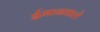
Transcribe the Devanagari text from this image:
ईमानवाले